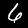
Digit: 6